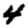
Digit: 4